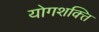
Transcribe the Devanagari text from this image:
योगशक्‍ति